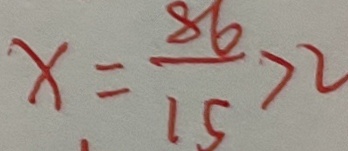
x = \frac { 8 6 } { 1 5 } > 2